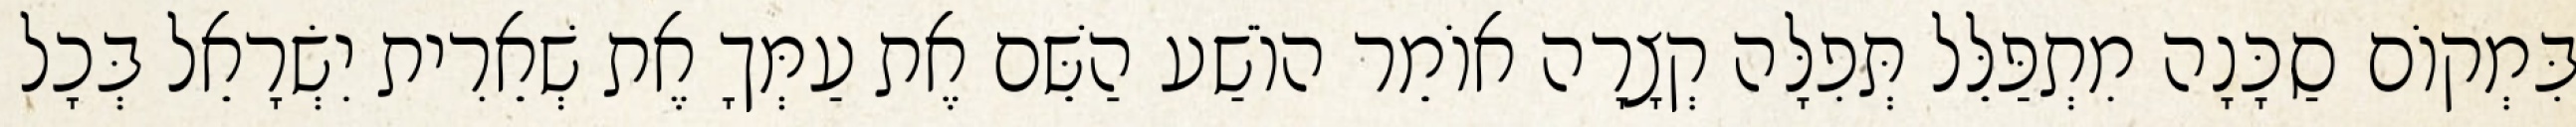
בִּמְקוֹם סַכָּנָה מִתְפַּלֵּל תְּפִלָּה קְצָרָה אוֹמֵר הוֹשַׁע הַשֵּׁם אֶת עַמְּךָ אֶת שְׁאֵרִית יִשְׂרָאֵל בְּכָל